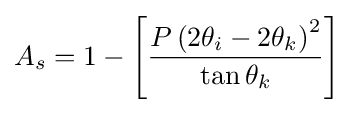
A_{s}=1-\left[{\frac {P\left(2\theta _{i}-2\theta _{k}\right)^{2}}{\tan \theta _{k}}}\right]